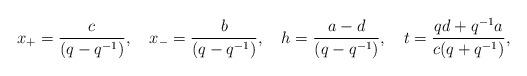
LaTeX: \begin{align*} x_+ =\frac{c}{(q-q^{-1})},\quad x_-=\frac{b}{(q-q^{-1})},\quad h =\frac{a -d}{(q-q^{-1})},\quad t =\frac{ qd +q^{-1} a}{c (q+q^{-1})},\end{align*}